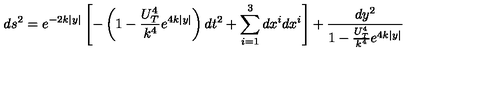
d s ^ { 2 } = e ^ { - 2 k \mid y \mid } \left[ - \left( 1 - \frac { U _ { T } ^ { 4 } } { k ^ { 4 } } e ^ { 4 k \mid y \mid } \right) d t ^ { 2 } + \sum _ { i = 1 } ^ { 3 } d x ^ { i } d x ^ { i } \right] + \frac { d y ^ { 2 } } { 1 - \frac { U _ { T } ^ { 4 } } { k ^ { 4 } } e ^ { 4 k \mid y \mid } }